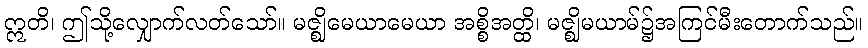
ဣတိ၊ ဤသို့လျှောက်လတ်သော်။ မဇ္ဈိမေယာမေယာ အစ္စိအတ္ထိ၊ မဇ္ဈိမယာမ်၌အကြင်မီးတောက်သည်။